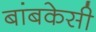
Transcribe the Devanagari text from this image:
बांबकेसी